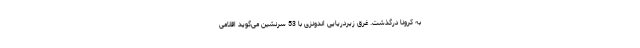
به کرونا درگذشت. غرق زیردریایی اندونزی با 53 سرنشین می‌گوید اقلامی